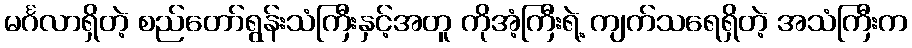
မင်္ဂလာရှိတဲ့ စည်တော်ရွန်းသံကြီးနှင့်အတူ ကိုအံ့ကြီးရဲ့ ကျက်သရေရှိတဲ့ အသံကြီးက